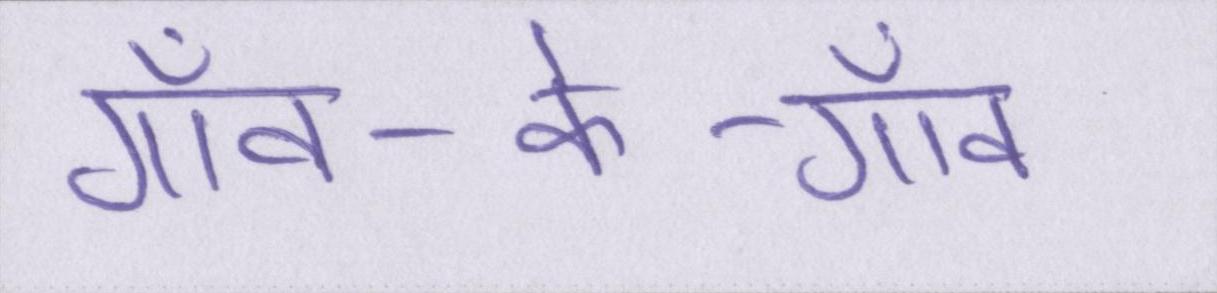
गाँव-के-गाँव